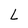
Character: L